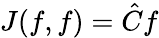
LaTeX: J(f,f)={\hat{C}}f